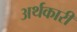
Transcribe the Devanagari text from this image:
अर्थकारी